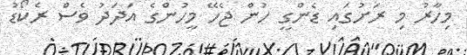
މިހާރު މި ރަށުގައި ޑެންގީ ހުން ޖެހޭ މީހުންގެ އަދަދު ވެސް ރެކޯޑު